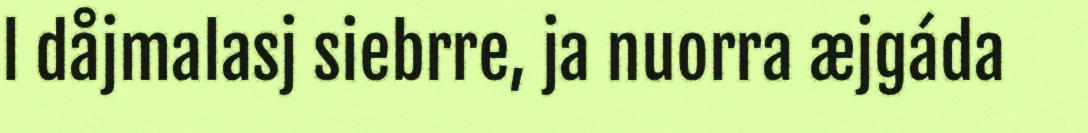
l dåjmalasj siebrre, ja nuorra æjgáda